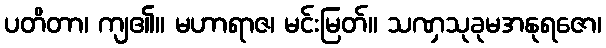
ပတိတာ၊ ကျ၏။ မဟာရာဇ၊ မင်းမြတ်။ သဏှသုခုမအနုရဇော၊